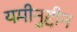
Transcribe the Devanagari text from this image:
यमीनुद्दीन